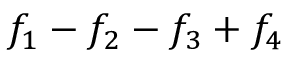
f _ { 1 } - f _ { 2 } - f _ { 3 } + f _ { 4 }